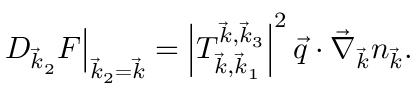
\left. D _ { \vec { k } _ { 2 } } F \right| _ { \vec { k } _ { 2 } = \vec { k } } = \left| T _ { \vec { k } , \vec { k } _ { 1 } } ^ { \vec { k } , \vec { k } _ { 3 } } \right| ^ { 2 } \vec { q } \cdot \vec { \nabla } _ { \vec { k } } n _ { \vec { k } } .